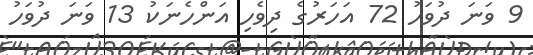
9 ވަނަ ދުވަހު 72 އަހަރުގެ ދިވެހި އަންހެނަކު 13 ވަނަ ދުވަހު